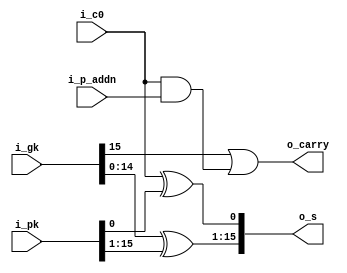
`default_nettype none

module ks_7_16b(
  input  wire        i_c0,
  input  wire [15:0] i_pk,
  input  wire [15:0] i_gk,
  input  wire i_p_addn,
  output wire [15:0] o_s,
  output wire        o_carry
);

assign o_carry   = i_gk[15] | i_c0  & i_p_addn;
assign o_s[0]    = i_c0 ^ i_pk[0];
assign o_s[15:1] = i_gk[14:0] ^ i_pk[15:1];

endmodule